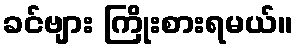
ခင်ဗျား ကြိုးစားရမယ်။